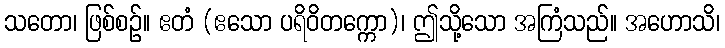
သတော၊ ဖြစ်စဉ်။ ဧတံ (ဧသော ပရိဝိတက္ကော)၊ ဤသို့သော အကြံသည်။ အဟောသိ၊